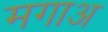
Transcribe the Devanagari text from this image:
मगाअ